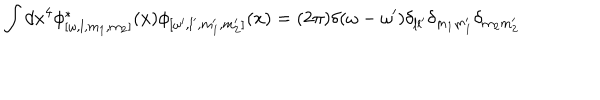
\int d x ^ { 4 } \phi _ { [ \omega , l , m _ { 1 } , m _ { 2 } ] } ^ { \ast } ( x ) \phi _ { [ \omega ^ { \prime } , l ^ { \prime } , m _ { 1 } ^ { \prime } , m _ { 2 } ^ { \prime } ] } ( x ) = ( 2 \pi ) \delta ( \omega - \omega ^ { \prime } ) \delta _ { l l ^ { \prime } } \delta _ { m _ { 1 } m _ { 1 } ^ { \prime } } \delta _ { m _ { 2 } m _ { 2 } ^ { \prime } }